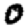
Digit: 0